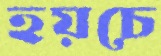
হয়চে